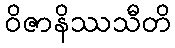
ဝိဇာနိဿသီတိ